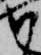
尉